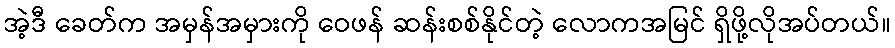
အဲ့ဒီ ခေတ်က အမှန်အမှားကို ဝေဖန် ဆန်းစစ်နိုင်တဲ့ လောကအမြင် ရှိဖို့လိုအပ်တယ်။